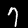
Digit: 7